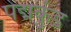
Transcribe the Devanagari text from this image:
पद्मकुंड